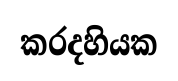
කරදහියක